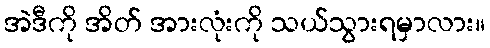
အဲဒီကို အိတ် အားလုံးကို သယ်သွားရမှာလား။